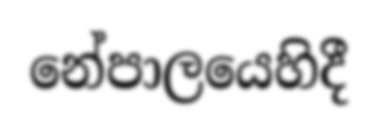
නේපාලයෙහිදී